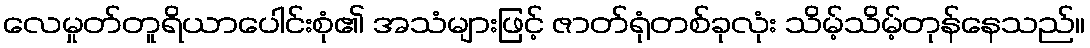
လေမှုတ်တူရိယာပေါင်းစုံ၏ အသံများဖြင့် ဇာတ်ရုံတစ်ခုလုံး သိမ့်သိမ့်တုန်နေသည်။